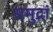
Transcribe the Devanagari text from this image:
समुद्रां